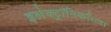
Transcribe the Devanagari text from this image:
इलेक्ट्रॉनिकरित्या